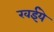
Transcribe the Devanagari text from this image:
रवईये